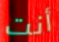
أنت